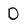
Character: D